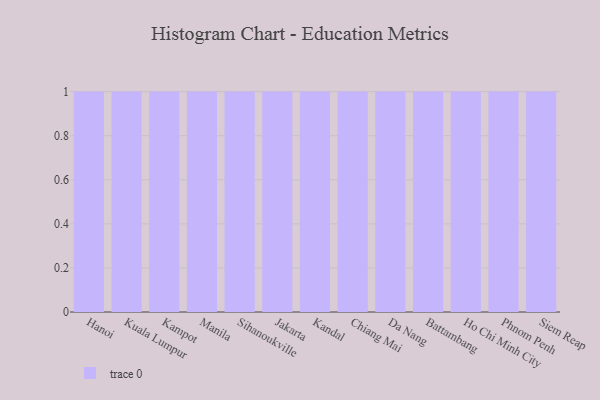
{"axis": {"x": "City", "y": "Energy Usage (MWh)"}, "legend": [""], "data": [{"x": "Hanoi", "y": 28, "type": ""}, {"x": "Kuala Lumpur", "y": 50, "type": ""}, {"x": "Kampot", "y": 30, "type": ""}, {"x": "Manila", "y": 83, "type": ""}, {"x": "Sihanoukville", "y": 65, "type": ""}, {"x": "Jakarta", "y": 68, "type": ""}, {"x": "Kandal", "y": 40, "type": ""}, {"x": "Chiang Mai", "y": 8, "type": ""}, {"x": "Da Nang", "y": 75, "type": ""}, {"x": "Battambang", "y": 81, "type": ""}, {"x": "Ho Chi Minh City", "y": 25, "type": ""}, {"x": "Phnom Penh", "y": 69, "type": ""}, {"x": "Siem Reap", "y": 98, "type": ""}]}